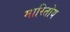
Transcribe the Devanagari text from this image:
मारितोय